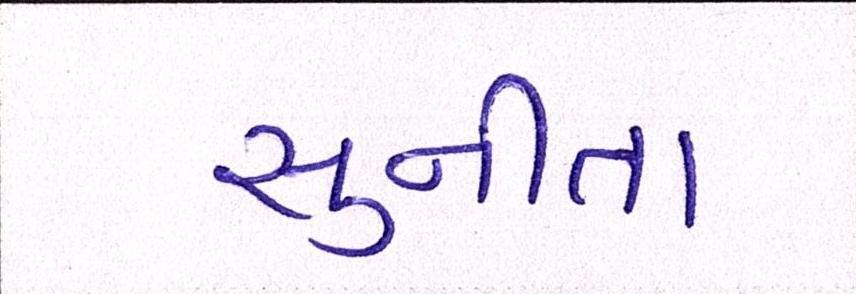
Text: સુનીતા